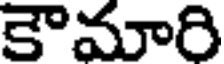
కౌమారి